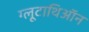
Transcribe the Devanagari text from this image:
ग्लूटाथिऑन